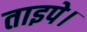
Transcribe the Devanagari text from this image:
ताइपे।